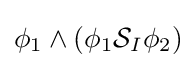
\phi _{1}\land (\phi _{1}{\mathcal {S}}_{I}\phi _{2})